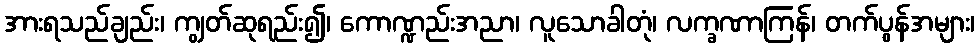
အားရသည်ချည်း၊ ကျွတ်ဆုရည်း၍၊ ကောဏ္ဍည်းအညာ၊ လူသောခါတုံ၊ လက္ခဏာကြန်၊ တက်ပွန်အများ၊